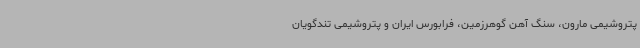
پتروشیمی مارون، سنگ آهن گوهرزمین، فرابورس ایران و پتروشیمی تندگویان